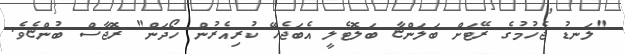
"ލަނޑު ޖެހުމުގެ ރޭޓަށް ބަލަންޏާ ބަލޮޓެލީ އެބަޖެހޭ ކުރިއެރުން ހޯދަން" ރޮޖާސް ބުންޏެވެ.